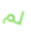
لم